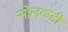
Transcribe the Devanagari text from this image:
सोलकडी